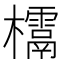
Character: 𣠌